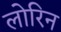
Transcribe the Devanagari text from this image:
लोरिन